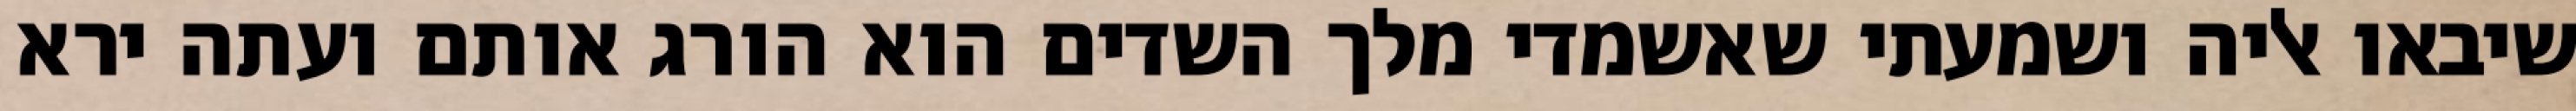
שיבאו אליה ושמעתי שאשמדי מלך השדים הוא הורג אותם ועתה ירא